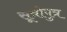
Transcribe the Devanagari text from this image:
सूत्रोपुत्र